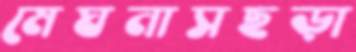
মেঘনাসছড়া